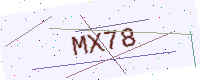
Text: MX78